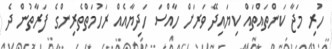
ހުރި މަޖާ ކަންތައްތައް ކިޔައިދޭ ވަރަށް ހާއްސަ ހަދިޔާއެއް ރަހުމަތްތެރިންގެ ފަރާތުން ދެ